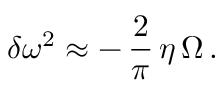
\delta \omega ^ { 2 } \approx - \, \frac { 2 } { \pi } \, \eta \, \Omega \, .